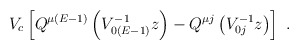
\begin{align*}V_c\left[ Q^{\mu (E-1)}\left( V_{0(E-1)}^{-1}z\right) -Q^{\mu j}\left( V^{-1}_{0j}z\right)\right] \ .\end{align*}